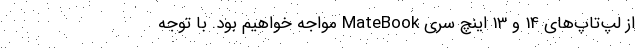
از لپ‌تاپ‌های 14 و 13 اینچ سری MateBook مواجه خواهیم بود. با توجه